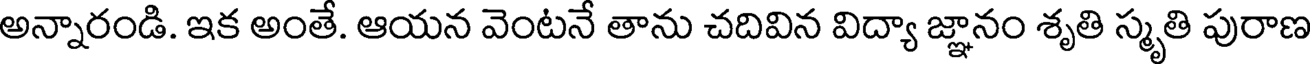
అన్నారండి. ఇక అంతే. ఆయన వెంటనే తాను చదివిన విద్యా జ్ఞానం శృతి స్మృతి పురాణ